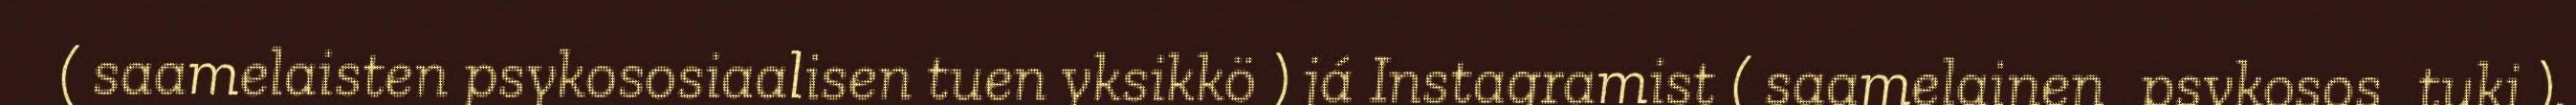
( saamelaisten psykososiaalisen tuen yksikkö ) já Instagramist ( saamelainen_psykosos_tuki ).